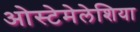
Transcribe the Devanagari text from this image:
ओस्टेमेलेशिया